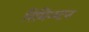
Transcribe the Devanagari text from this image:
रिमिन्ग्टन